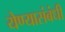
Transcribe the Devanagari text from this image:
येण्यासंबंधी